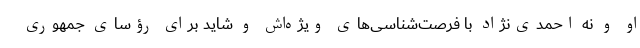
او و نه احمدی‌نژاد با فرصت‌شناسی‌های ویژه‌اش و شاید برای رؤسای جمهوری